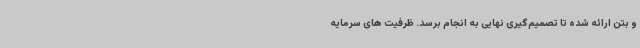
و بتن ارائه شده تا تصمیم‌گیری نهایی به انجام برسد. ظرفیت های سرمایه